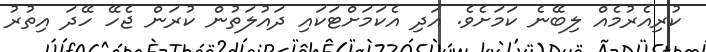
ކުރިއެރުމެއް ލިބޭނެ ކަމަށެވެ. އަދި އެކަމަށްޓަކައި ދައުލަތުން ކުރަން ޖެހޭ ހޭދަ އިތުރު